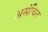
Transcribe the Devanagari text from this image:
असंचित